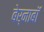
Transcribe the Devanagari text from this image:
बेर्नाबॉ